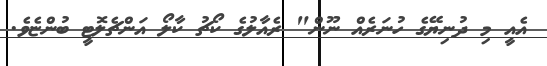
އެއީ މި ދުނިޔޭގެ ހުނަރެއް ނޫން" ރެއާލުގެ ކޯޗު ކާލޯ އަންޗެލޮޓީ ބުންޏެވެ.